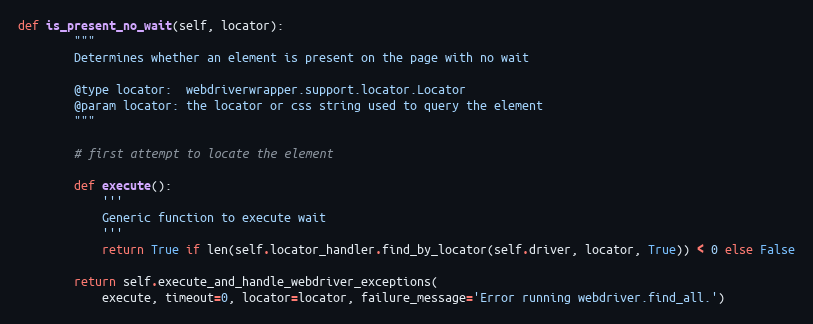
Language: Python
def is_present_no_wait(self, locator):
        """
        Determines whether an element is present on the page with no wait

        @type locator:  webdriverwrapper.support.locator.Locator
        @param locator: the locator or css string used to query the element
        """

        # first attempt to locate the element

        def execute():
            '''
            Generic function to execute wait
            '''
            return True if len(self.locator_handler.find_by_locator(self.driver, locator, True)) < 0 else False

        return self.execute_and_handle_webdriver_exceptions(
            execute, timeout=0, locator=locator, failure_message='Error running webdriver.find_all.')